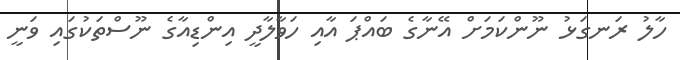
ހާލު ރަނގަޅު ނޫންކަމަށް އޭނާގެ ބައްޕަ އާއި ހަވާލާދީ އިންޑިއާގެ ނޫސްތަކުގައި ވަނީ